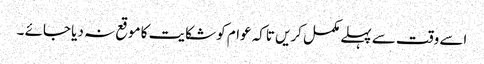
اسے وقت سے پہلے مکمل کریں تاکہ عوام کو شکایت کا موقع نہ دیا جائے ۔